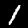
Digit: 1